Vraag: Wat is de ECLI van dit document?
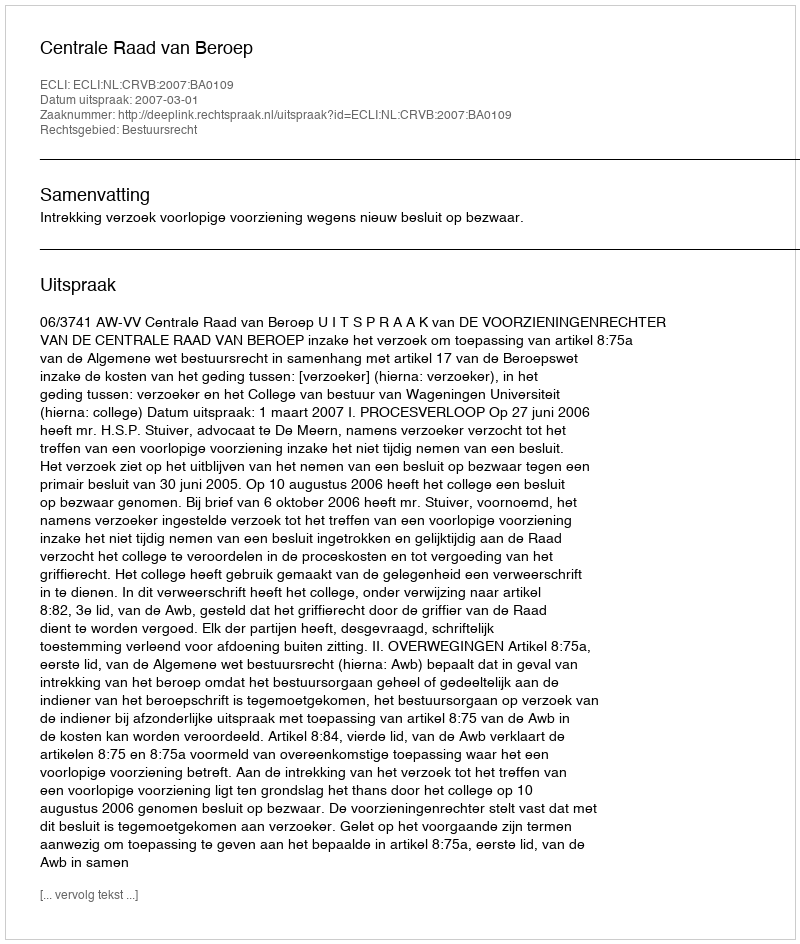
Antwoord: ECLI:NL:CRVB:2007:BA0109